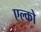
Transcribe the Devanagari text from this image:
एल्को